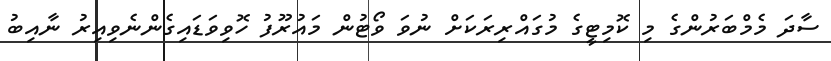
ސާދަ މެމްބަރުންގެ މި ކޮމިޓީގެ މުގައްރިރަކަށް ނުވަ ވޯޓުން މައުރޫފު ހޮވިވަޑައިގެންނެވިއިރު ނާއިބު